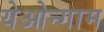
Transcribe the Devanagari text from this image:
येओन्गाम